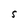
Character: S